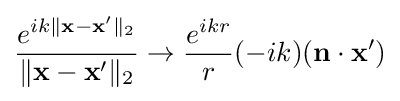
{\frac {e^{ik\|\mathbf {x} -\mathbf {x'} \|_{2}}}{\|\mathbf {x} -\mathbf {x'} \|_{2}}}\rightarrow {\frac {e^{ikr}}{r}}(-ik)(\mathbf {n} \cdot \mathbf {x'} )